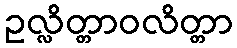
ဥလ္လိတ္တာဝလိတ္တာ